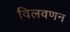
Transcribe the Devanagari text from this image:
विलवणन